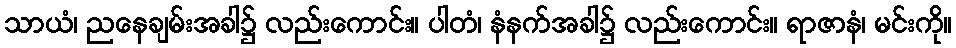
သာယံ၊ ညနေချမ်းအခါ၌ လည်းကောင်း။ ပါတံ၊ နံနက်အခါ၌ လည်းကောင်း။ ရာဇာနံ၊ မင်းကို။